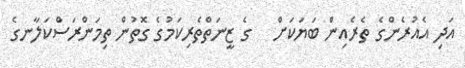
އަދި އެއުރެންގެ ތެރެއިން ބަޔަކަށް   ގެ ޒީނަތްތެރިކަމުގެ ގޮތުން ތިމަންރަސްކަލާނގެ